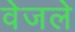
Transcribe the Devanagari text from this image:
वेजले